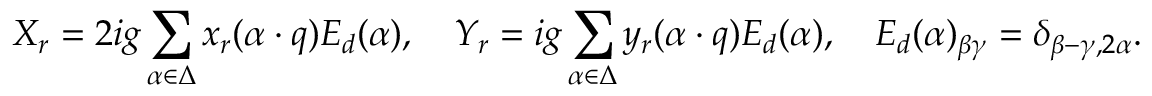
X _ { r } = 2 i g \sum _ { \alpha \in \Delta } x _ { r } ( \alpha \cdot q ) E _ { d } ( \alpha ) , \quad Y _ { r } = i g \sum _ { \alpha \in \Delta } y _ { r } ( \alpha \cdot q ) E _ { d } ( \alpha ) , \quad E _ { d } ( \alpha ) _ { \beta \gamma } = \delta _ { \beta - \gamma , 2 \alpha } .